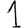
Digit: 1